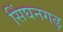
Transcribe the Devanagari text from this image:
सिंघनगढ़